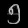
Digit: ၅